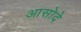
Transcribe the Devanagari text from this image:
आसोदे